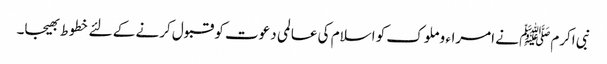
نبی اکرمﷺ نے امراء و ملوک کو اسلام کی عالمی دعوت کو قبول کرنے کے لئے خطوط بھیجا۔